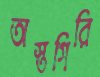
অস্তগিরি